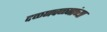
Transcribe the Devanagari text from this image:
दळणवळणांच्या